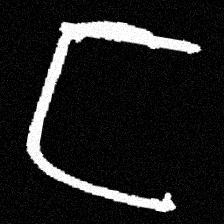
Pyu character \u2014 Myanmar letter: ဋ (romanized: tta)